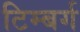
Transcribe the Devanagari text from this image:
टिम्बर्ग